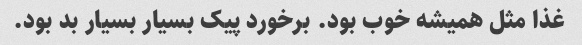
غذا مثل همیشه خوب بود. برخورد پیک بسیار بسیار بد بود.